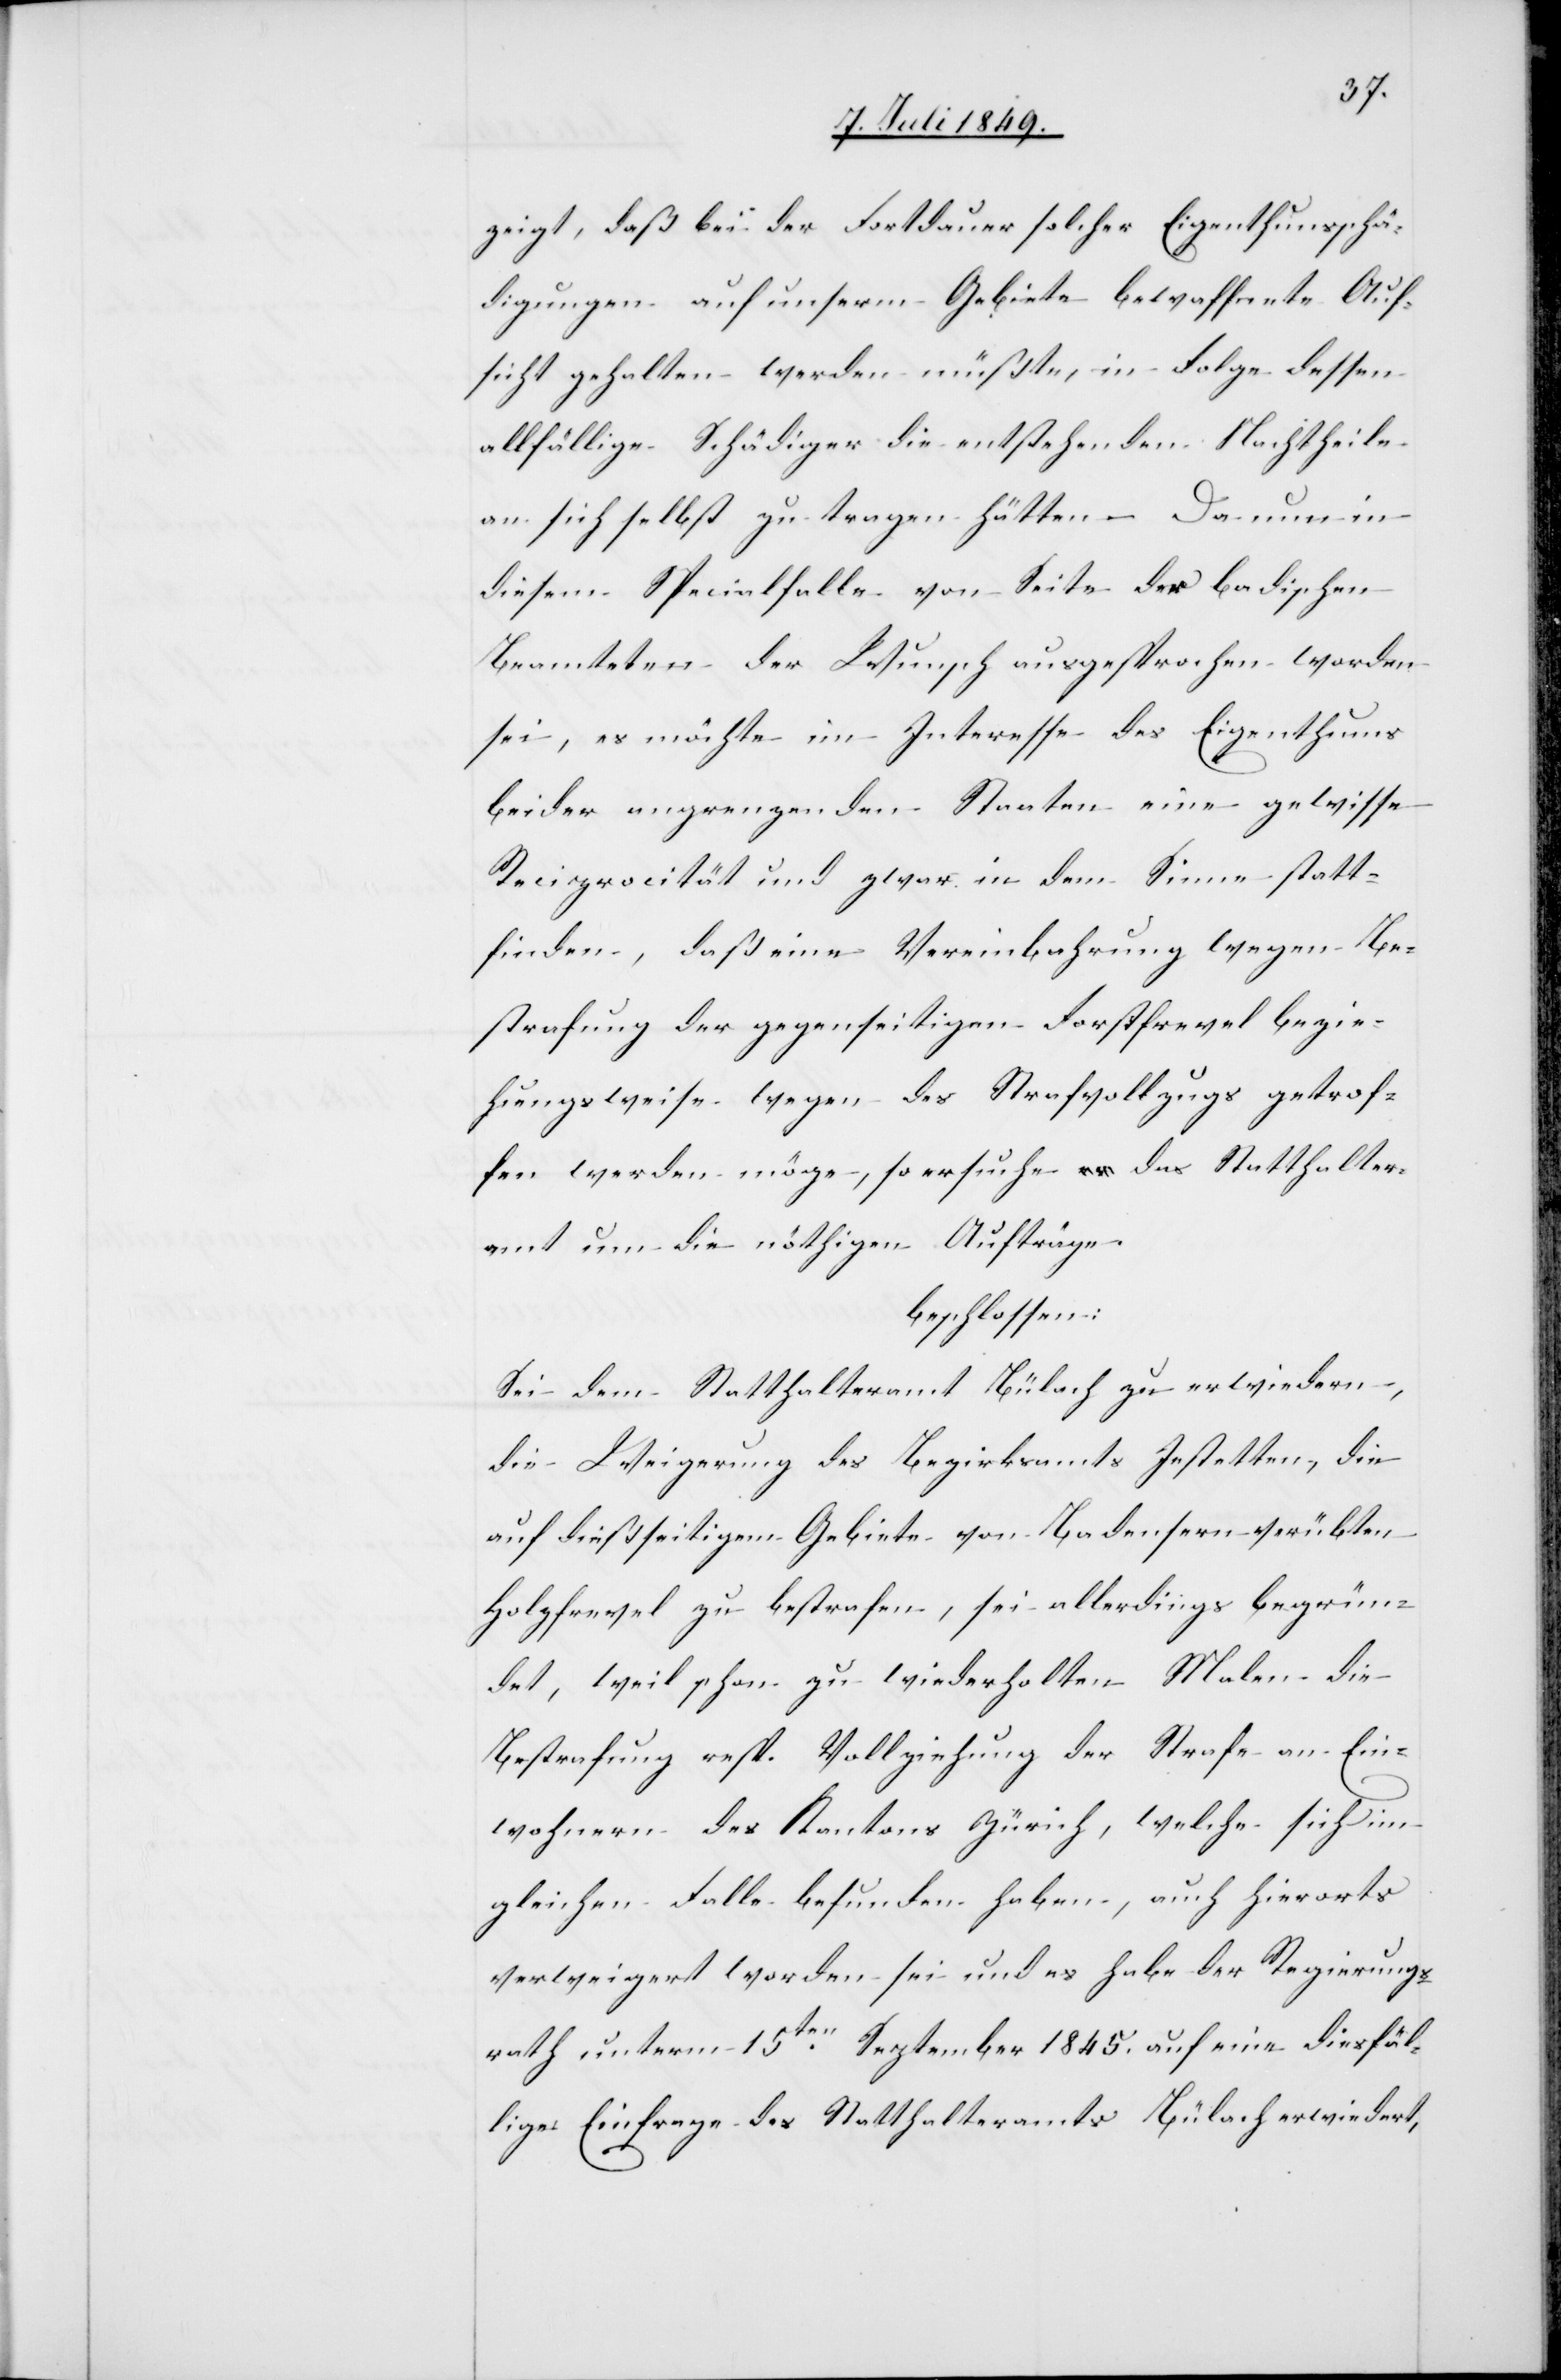
zeigt, daß bei der Fortdauer solcher Eigenthumsschä¬
digungen auf unserm Gebiete bewaffnete Auf¬
sicht gehalten werden müßte, in Folge dessen
allfällige Schädiger die entstehenden Nachtheile
an sich selbst zu tragen hätten – Da nun in
diesem Specialfalle von Seite der badischen
Beamteten der Wunsch ausgesprochen worden
sei, es möchte im Interesse des Eigenthums
beider angrenzenden Staaten eine gewisse
Reciprocität und zwar in dem Sinne statt¬
finden, daß eine Vereinbahrung wegen Be¬
strafung der gegenseitigen Forstfrevel bezie¬
hungsweise wegen des Strafvollzugs getrof¬
fen werden möge, so ersuche das Statthalter¬
amt um die nöthigen Aufträge.
beschlossen:
Sei dem Statthalteramt Bülach zu erwiedern,
die Weigerung des Bezirksamts Jestetten, die
auf dießseitigem Gebiete von Badensern verübten
Holzfrevel zu bestrafen, sei allerdings begrün¬
det, weil schon zu wiederholten Malen die
Bestrafung resp. Vollziehung der Strafe an Ein¬
wohnern des Kantons Zürich, welche sich im
gleichen Falle befunden haben, auch hierorts
verweigert worden sei und es habe der Regierungs¬
rath unterm 15ten September 1845. auf eine diesfäl¬
lige Einfrage des Statthalteramts Bülach erwiedert,